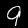
Digit: 9